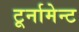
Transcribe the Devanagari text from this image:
टूर्नामेन्‍ट